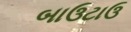
બાઉટાઉ